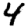
Digit: 4